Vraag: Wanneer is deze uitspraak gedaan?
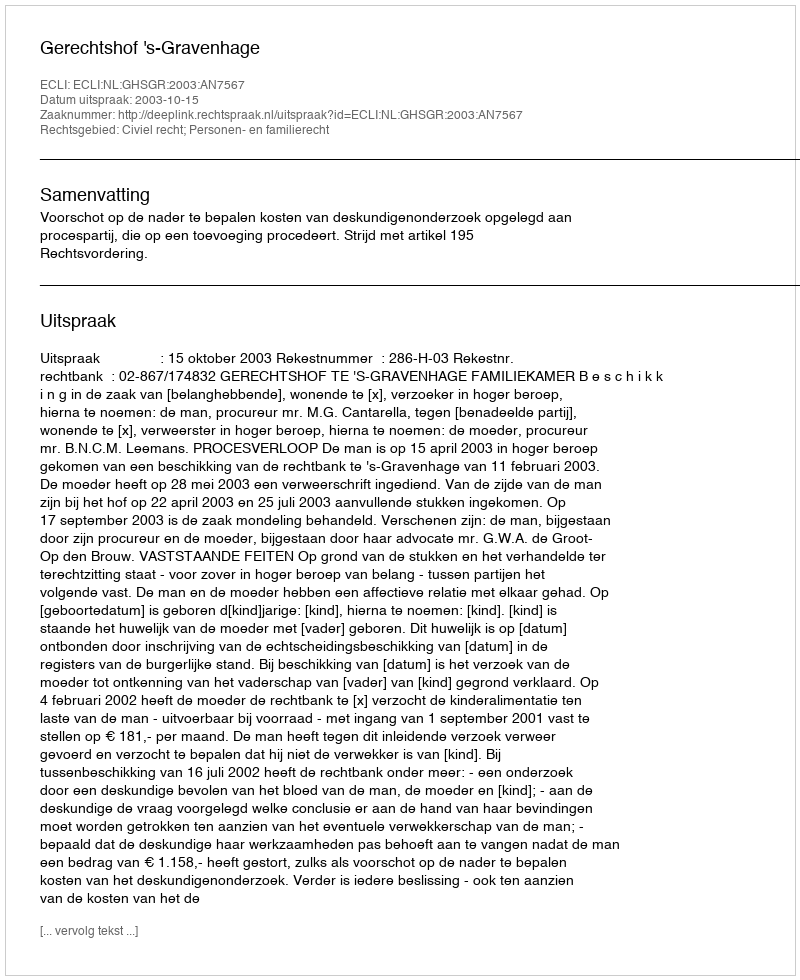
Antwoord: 2003-10-15